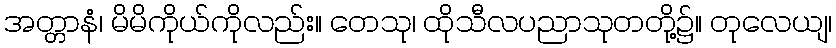
အတ္တာနံ၊ မိမိကိုယ်ကိုလည်း။ တေသု၊ ထိုသီလပညာသုတတို့၌။ တုလေယျ၊